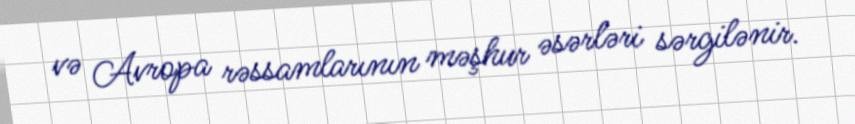
və Avropa rəssamlarının məşhur əsərləri sərgilənir.